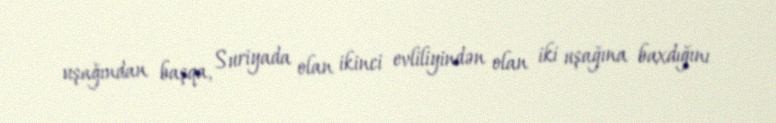
uşağından başqa, Suriyada olan ikinci evliliyindən olan iki uşağına baxdığını